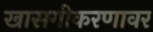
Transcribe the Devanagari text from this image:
खासगीकरणावर